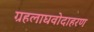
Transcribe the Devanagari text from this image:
ग्रहलाघवोदाहरण